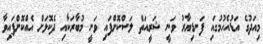
މިއަދުގެ އަޑުއެހުމުގައި ފަނޑިޔާރު ވަނީ ޝަރީއަތް ލަސްކޮށްފައި ވަނީ މުބާރަކާއި ދެކޮޅަށް އެއްކޮށްފައިވާ